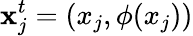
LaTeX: \mathbf{x}_{j}^{t}=(x_{j},\phi(x_{j}))